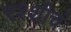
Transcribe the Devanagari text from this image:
रश्शीचं